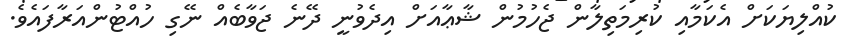
ކުއްލިޔަކަށް އެކަމާއި ކުރިމަތިލާން ޖެހުމުން ޝާޢާއަށް އިދެވުނީ ދޭނެ ޖަވާބެއް ނޭގި ހުއްޓުންއަރާފައެވެ.